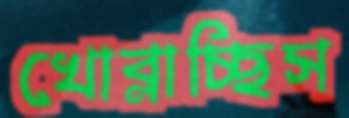
খোব্‌লাচ্ছিস